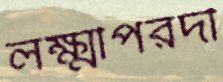
লক্ষ্মীপরদী